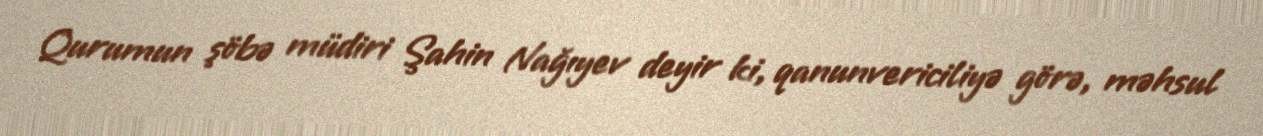
Qurumun şöbə müdiri Şahin Nağıyev deyir ki, qanunvericiliyə görə, məhsul